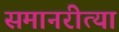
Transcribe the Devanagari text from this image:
समानरीत्या